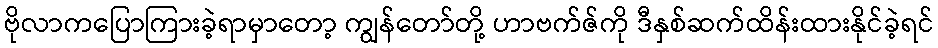
ဗိုလာကပြောကြားခဲ့ရာမှာတော့ ကျွန်တော်တို့ ဟာဗက်ဇ်ကို ဒီနှစ်ဆက်ထိန်းထားနိုင်ခဲ့ရင်